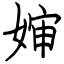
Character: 婶